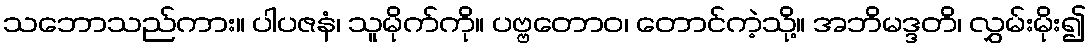
သဘောသည်ကား။ ပါပဇနံ၊ သူမိုက်ကို။ ပဗ္ဗတောဝ၊ တောင်ကဲ့သို့။ အဘိမဒ္ဒတိ၊ လွှမ်းမိုး၍